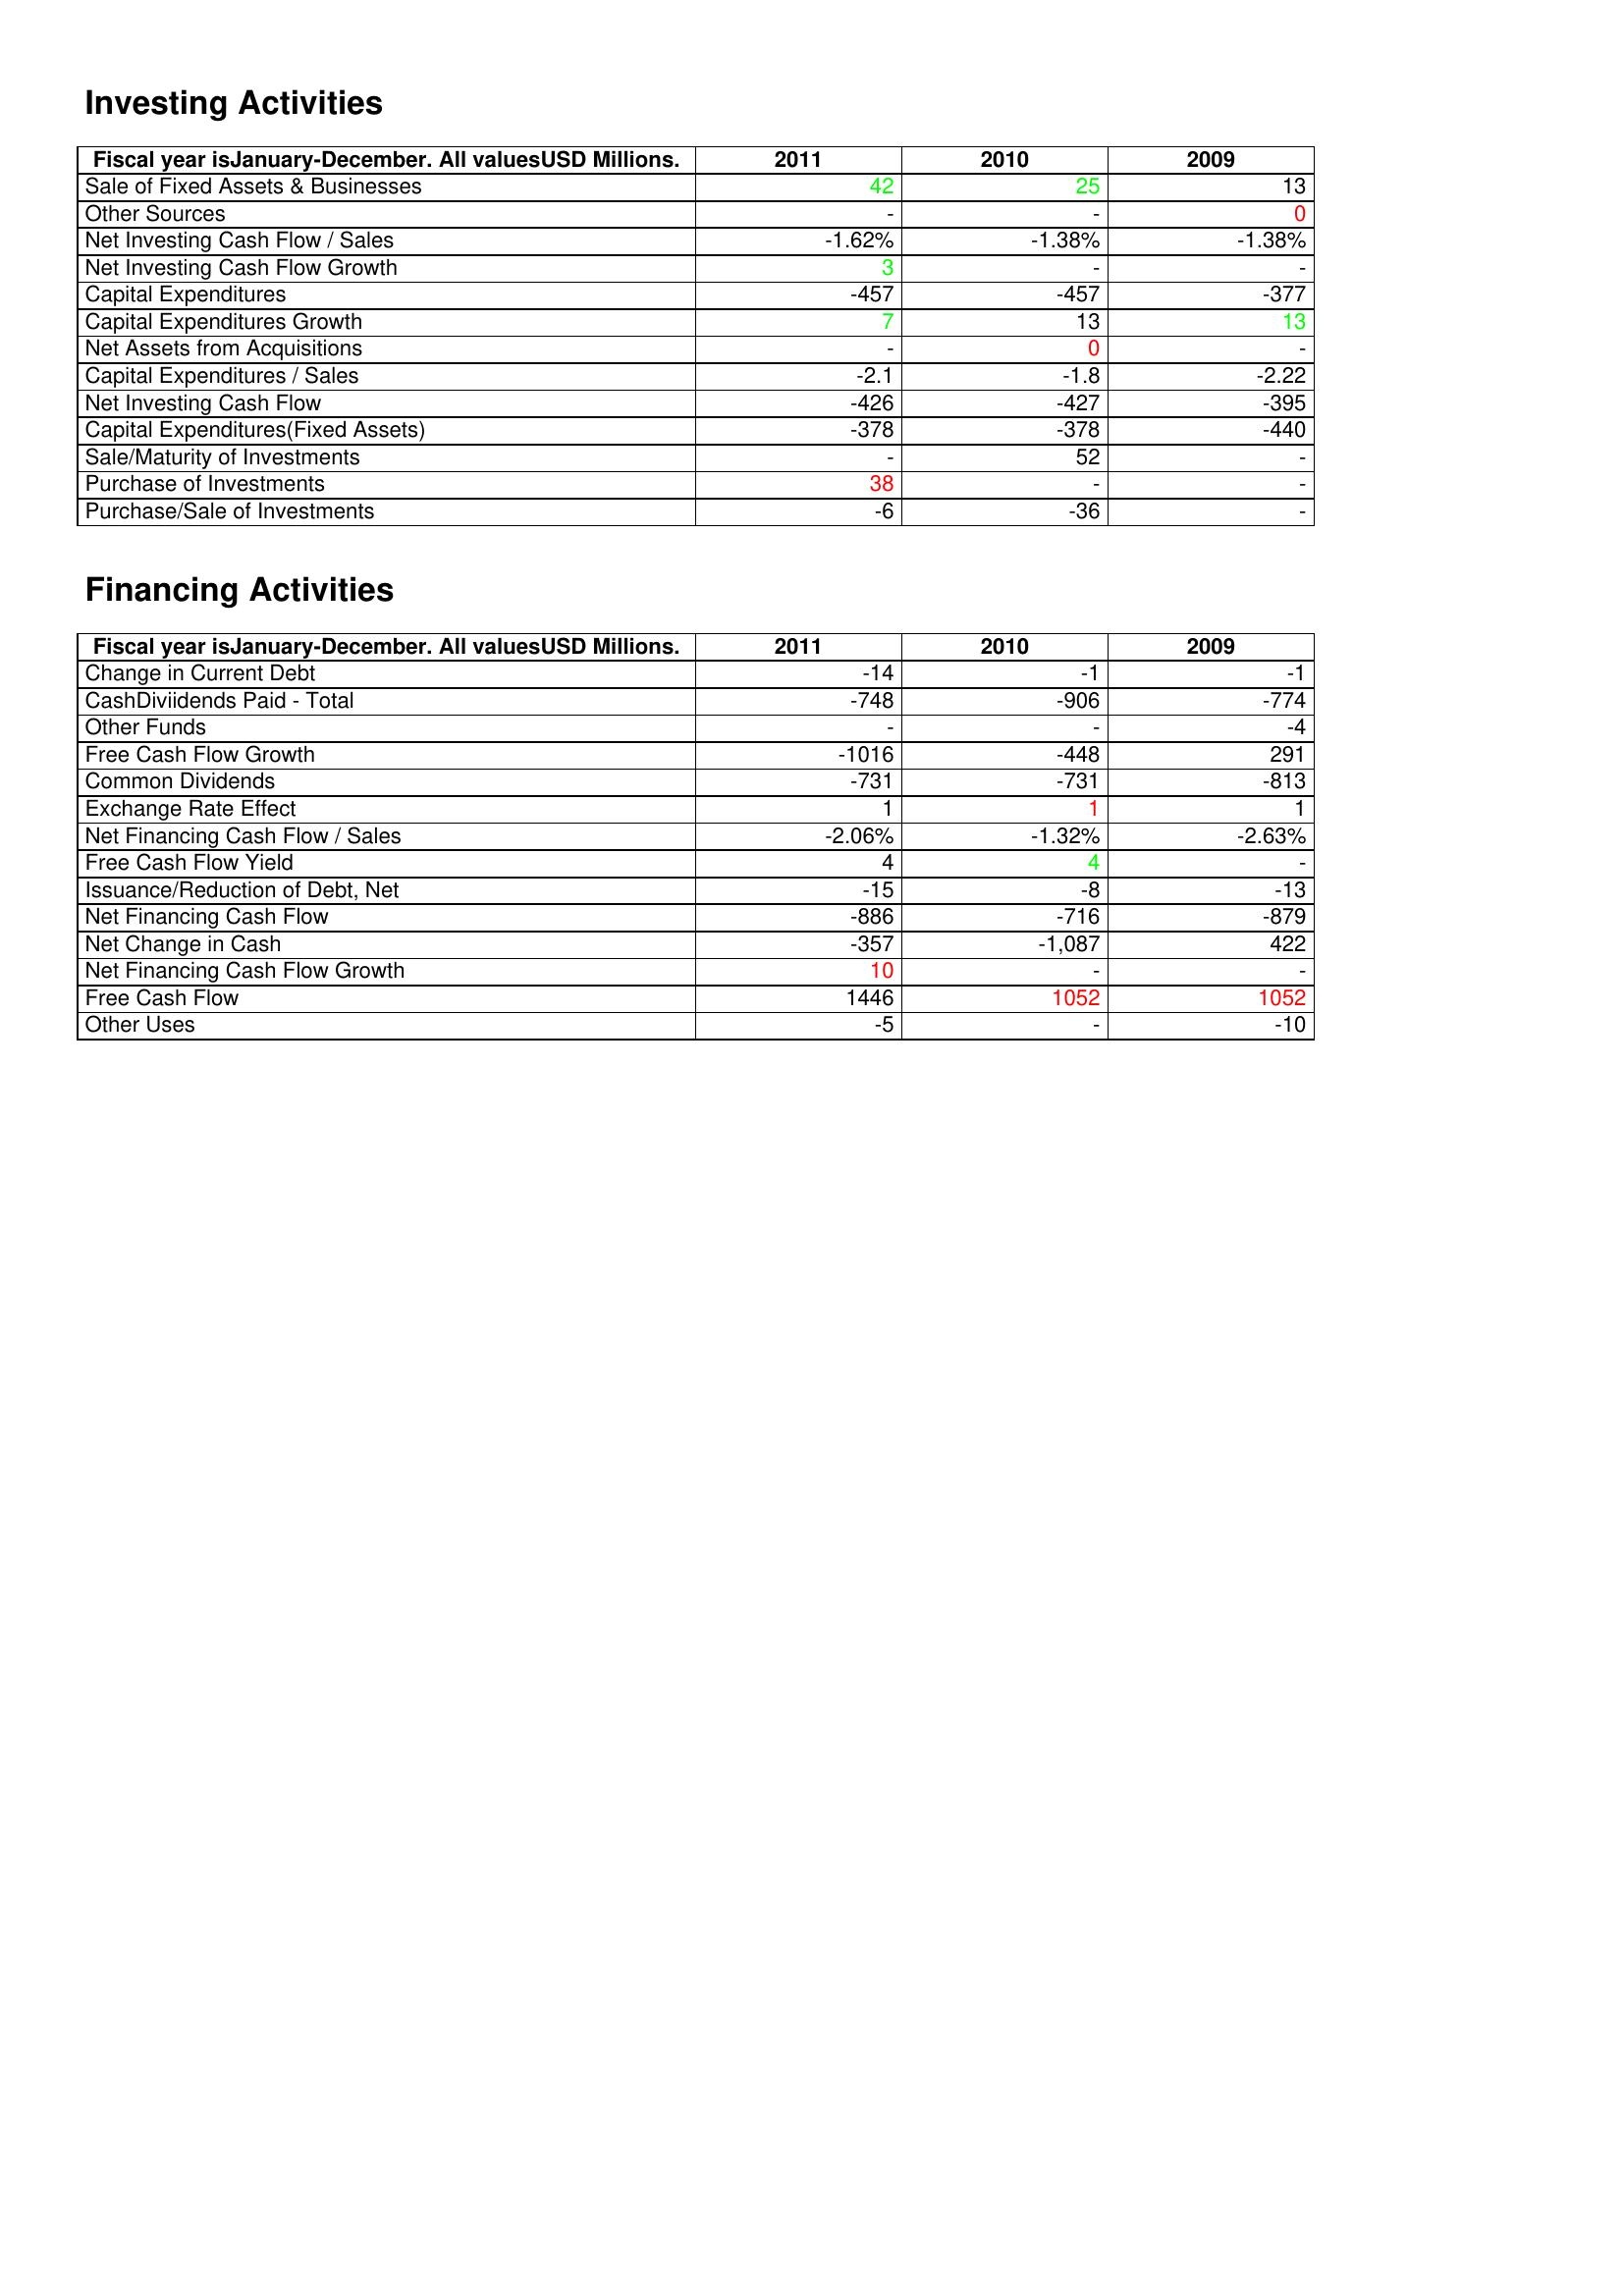
gt_parse: 2011: Investing Activities: Sale of Fixed Assets & Businesses: 42
Other Sources: -
Net Investing Cash Flow / Sales: -1.62%
Net Investing Cash Flow Growth: 3
Capital Expenditures: -457
Capital Expenditures Growth: 7
Net Assets from Acquisitions: -
Capital Expenditures / Sales: -2.1
Net Investing Cash Flow: -426
Capital Expenditures(Fixed Assets): -378
Sale/Maturity of Investments: -
Purchase of Investments: 38
Purchase/Sale of Investments: -6
Financing Activities: Change in Current Debt: -14
CashDiviidends Paid - Total: -748
Other Funds: -
Free Cash Flow Growth: -1016
Common Dividends: -731
Exchange Rate Effect: 1
Net Financing Cash Flow / Sales: -2.06%
Free Cash Flow Yield: 4
Issuance/Reduction of Debt, Net: -15
Net Financing Cash Flow: -886
Net Change in Cash: -357
Net Financing Cash Flow Growth: 10
Free Cash Flow: 1446
Other Uses: -5
2010: Investing Activities: Sale of Fixed Assets & Businesses: 25
Other Sources: -
Net Investing Cash Flow / Sales: -1.38%
Net Investing Cash Flow Growth: -
Capital Expenditures: -457
Capital Expenditures Growth: 13
Net Assets from Acquisitions: 0
Capital Expenditures / Sales: -1.8
Net Investing Cash Flow: -427
Capital Expenditures(Fixed Assets): -378
Sale/Maturity of Investments: 52
Purchase of Investments: -
Purchase/Sale of Investments: -36
Financing Activities: Change in Current Debt: -1
CashDiviidends Paid - Total: -906
Other Funds: -
Free Cash Flow Growth: -448
Common Dividends: -731
Exchange Rate Effect: 1
Net Financing Cash Flow / Sales: -1.32%
Free Cash Flow Yield: 4
Issuance/Reduction of Debt, Net: -8
Net Financing Cash Flow: -716
Net Change in Cash: -1,087
Net Financing Cash Flow Growth: -
Free Cash Flow: 1052
Other Uses: -
2009: Investing Activities: Sale of Fixed Assets & Businesses: 13
Other Sources: 0
Net Investing Cash Flow / Sales: -1.38%
Net Investing Cash Flow Growth: -
Capital Expenditures: -377
Capital Expenditures Growth: 13
Net Assets from Acquisitions: -
Capital Expenditures / Sales: -2.22
Net Investing Cash Flow: -395
Capital Expenditures(Fixed Assets): -440
Sale/Maturity of Investments: -
Purchase of Investments: -
Purchase/Sale of Investments: -
Financing Activities: Change in Current Debt: -1
CashDiviidends Paid - Total: -774
Other Funds: -4
Free Cash Flow Growth: 291
Common Dividends: -813
Exchange Rate Effect: 1
Net Financing Cash Flow / Sales: -2.63%
Free Cash Flow Yield: -
Issuance/Reduction of Debt, Net: -13
Net Financing Cash Flow: -879
Net Change in Cash: 422
Net Financing Cash Flow Growth: -
Free Cash Flow: 1052
Other Uses: -10